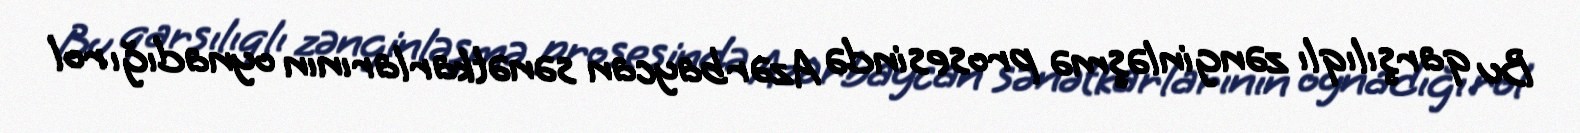
Bu qarşılıqlı zənginləşmə prosesində Azərbaycan sənətkarlarının oynadığı rol